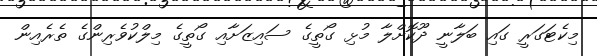
މިކެޓަގަރީ ގައި ބަލާނީ ދޫކޮށްލާ މުޅި ގޯތީގެ ސައިޒަށާއި ގޯތީގެ މިލްކުވެރިންގެ ތެރެއިން